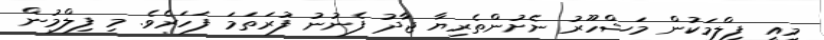
މިއީ ފިލްމަކުން މަޝްހޫރު ނެށުންތެރިޔާ ޖާދު ފެނުނު ފުރަތަމަ ފަހަރެވެ. މި ފިލްމުން